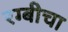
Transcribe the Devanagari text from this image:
रग्बीचा